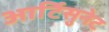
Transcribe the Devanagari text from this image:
आर्टिसुनेट